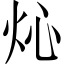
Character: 𤆸